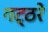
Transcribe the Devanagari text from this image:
गट्ठरे